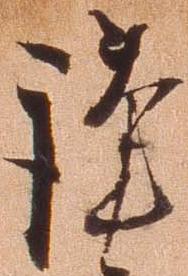
謹